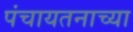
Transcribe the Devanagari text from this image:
पंचायतनाच्या